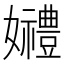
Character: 𡤠